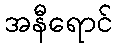
အနီရောင်